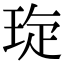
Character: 琁